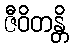
ဇီဝိတန္တိ